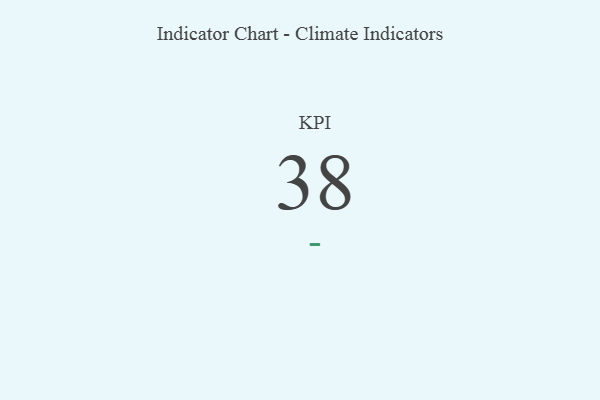
{"axis": {"x": "KPI", "y": "Value"}, "legend": [""], "data": [{"x": "KPI", "y": 38, "type": ""}]}